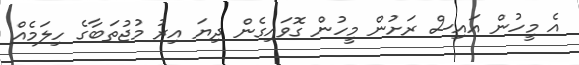
އެ މީހުން އައިސް ރަށުން މީހުން ގޮވައިގެން ދިޔަ އިރު މުޖުތަބާގެ ހިލަމެއް